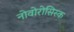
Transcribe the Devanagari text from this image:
नोवोरोसिस्क